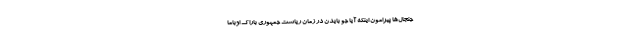
جنجال‌ها پیرامون اینکه آیا جو بایدن در زمان ریاست جمهوری باراک اوباما